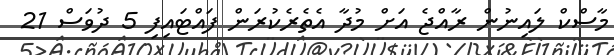
މާސްކް ލައިނުން ރާއްޖެ އަށް މުދާ އެތެރެކުރަން ފައްޓައިފި 5 ދުވަސް 21